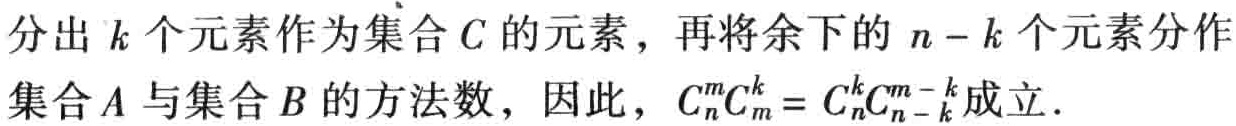
分出 \(k\) 个元素作为集合 \(C\) 的元素，再将余下的 \(n - k\) 个元素分作集合 \(A\) 与集合 \(B\) 的方法数，因此，\(C_{n}^{m}C_{m}^{k}=C_{n}^{k}C_{n - k}^{m - k}\) 成立．